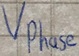
Text: vPhase